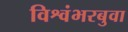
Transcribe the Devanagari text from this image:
विश्वंभरबुवा